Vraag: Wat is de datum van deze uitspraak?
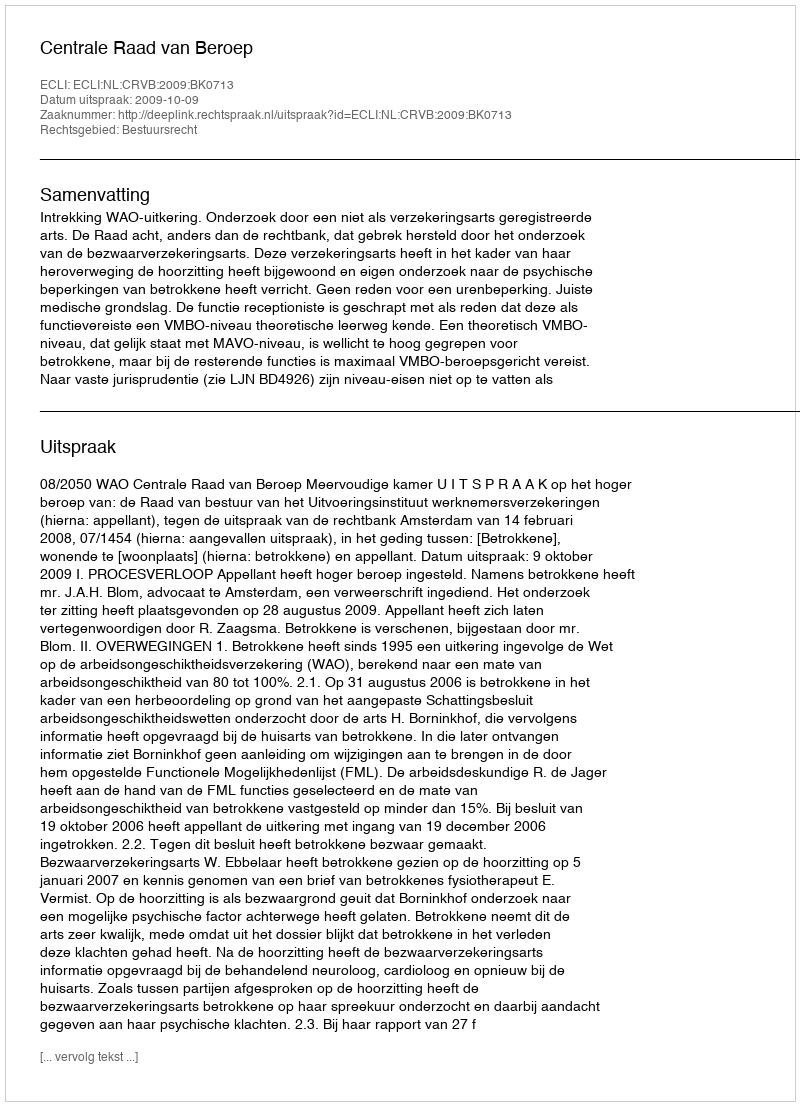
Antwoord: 2009-10-09